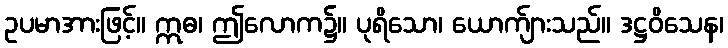
ဥပမာအားဖြင့်။ ဣဓ၊ ဤလောက၌။ ပုရိသော၊ ယောက်ျားသည်။ ဒဋ္ဌဝိသေန၊